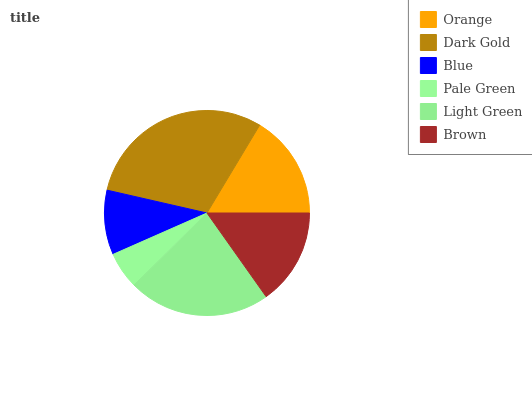
| Orange | Dark Gold | Blue | Pale Green | Light Green | Brown |
 | --- | --- | --- | --- | --- | --- |
 | 16.4% | 30.1% | 10.2% | 5.79% | 22.4% | 15.2% |